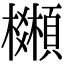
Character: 𩕒